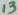
Text: 13